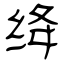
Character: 绛